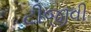
ટીજીવી